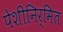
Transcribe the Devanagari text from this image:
पेशीनिर्मित